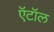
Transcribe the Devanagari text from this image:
ऍटॉल